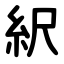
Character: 䋇